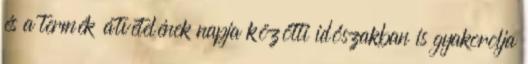
és a termék átvételének napja közötti időszakban is gyakorolja